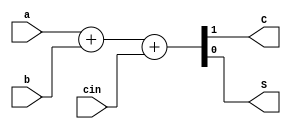
module FA(input a,b,cin,output C,S);
        assign {C,S}=a+b+cin;
endmodule
module CLHA(input [3:0] A,B,output [4:0] result);
          wire [4:0] Ci;
          wire [3:0] Gi,Pi;
          wire [3:0] Sum;
          //Full adders
          FA FA1(A[0],B[0],Ci[0],carry,Sum[0]);
          FA FA2(A[1],B[1],Ci[1],carry,Sum[1]);
          FA FA3(A[2],B[2],Ci[2],carry,Sum[2]);
          FA FA4(A[3],B[3],Ci[3],carry,Sum[3]);
          //carry propagate terms
          assign Pi[0]=A[0]|B[0];
          assign Pi[1]=A[1]|B[1];
          assign Pi[2]=A[2]|B[2];
          assign Pi[3]=A[3]|B[3];
          //carry generate terms
          assign Gi[0]=A[0]&B[0];
          assign Gi[1]=A[1]&B[1];
          assign Gi[2]=A[2]&B[2];
          assign Gi[3]=A[3]&B[3];
          //Carry terms
          assign Ci[0]=1'b0;
          assign Ci[1]=Gi[0] | (Ci[0] & Pi[0]);
          assign Ci[2]=Gi[1] | (Ci[1] & Pi[1]);
          assign Ci[3]=Gi[2] | (Ci[2] & Pi[2]);
          assign Ci[4]=Gi[3] | (Ci[3] & Pi[3]);
          //Result
          assign result={Ci[4],Sum};
 endmodule